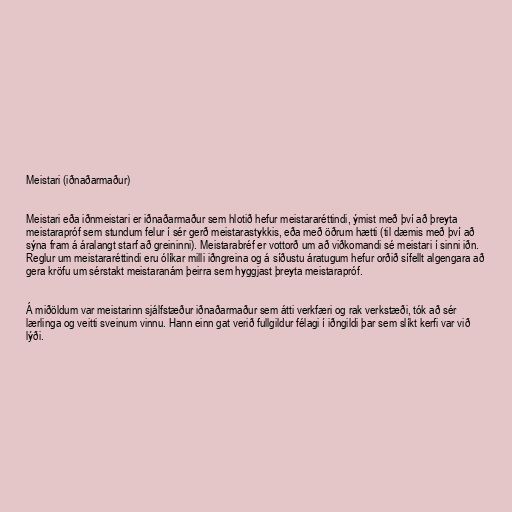
Meistari (iðnaðarmaður)

Meistari eða iðnmeistari er iðnaðarmaður sem hlotið hefur meistararéttindi, ýmist með því að þreyta
meistarapróf sem stundum felur í sér gerð meistarastykkis, eða með öðrum hætti (til dæmis með því að
sýna fram á áralangt starf að greininni). Meistarabréf er vottorð um að viðkomandi sé meistari í sinni iðn.
Reglur um meistararéttindi eru ólíkar milli iðngreina og á síðustu áratugum hefur orðið sífellt algengara að
gera kröfu um sérstakt meistaranám þeirra sem hyggjast þreyta meistarapróf.

Á miðöldum var meistarinn sjálfstæður iðnaðarmaður sem átti verkfæri og rak verkstæði, tók að sér
lærlinga og veitti sveinum vinnu. Hann einn gat verið fullgildur félagi í iðngildi þar sem slíkt kerfi var við
lýði.